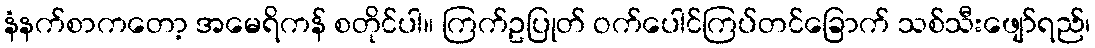
နံနက်စာကတော့ အမေရိကန် စတိုင်ပါ။ ကြက်ဥပြုတ် ဝက်ပေါင်ကြပ်တင်ခြောက် သစ်သီးဖျော်ရည်၊